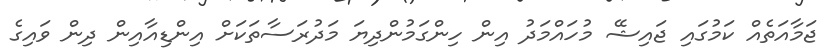
ޖަމާއަތެއް ކަމުގައި ޖައިޝޭ މުހައްމަދު އިން ހިންގަމުންދިޔަ މަދުރަސާތަކަށް އިންޑިއާއިން ދިން ވައިގެ